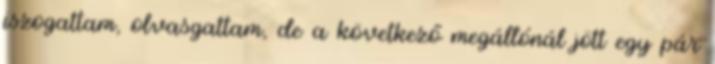
iszogattam, olvasgattam, de a következő megállónál jött egy pár